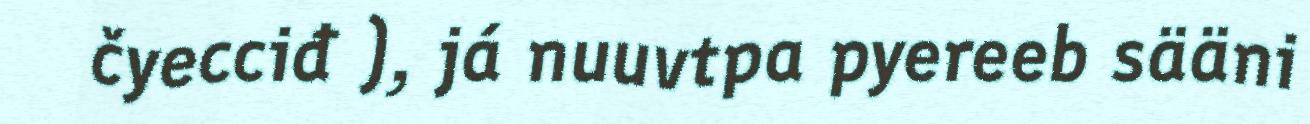
čyecciđ ), já nuuvtpa pyereeb sääni